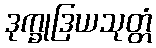
ဒုက္ခုဒြယသုတ္တံ